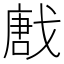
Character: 𢧪